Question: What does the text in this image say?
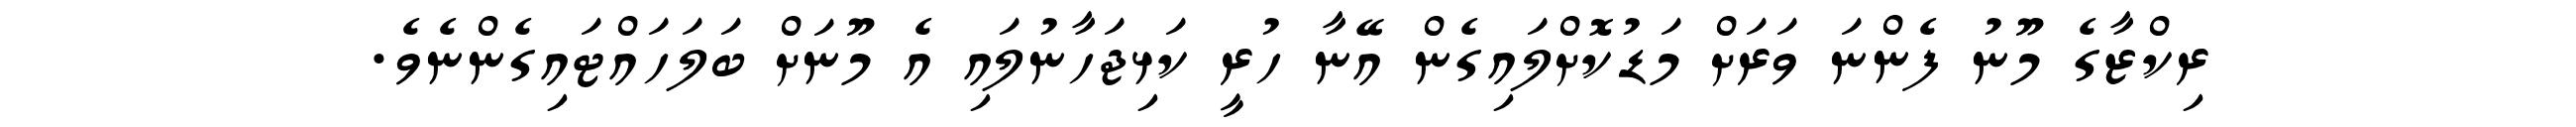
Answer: ރިކްޒާގެ މޫނު ފެންނަ ވަރަށް މަޑުކޮށްލައިގެން އޭނާ ހުރީ ކަޅިޖަހާނުލައި އެ މޫނަށް ބަލަހައްޓައިގެންނެވެ.